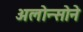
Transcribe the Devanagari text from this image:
अलोन्सोने